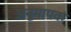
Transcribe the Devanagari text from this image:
अनुमापक